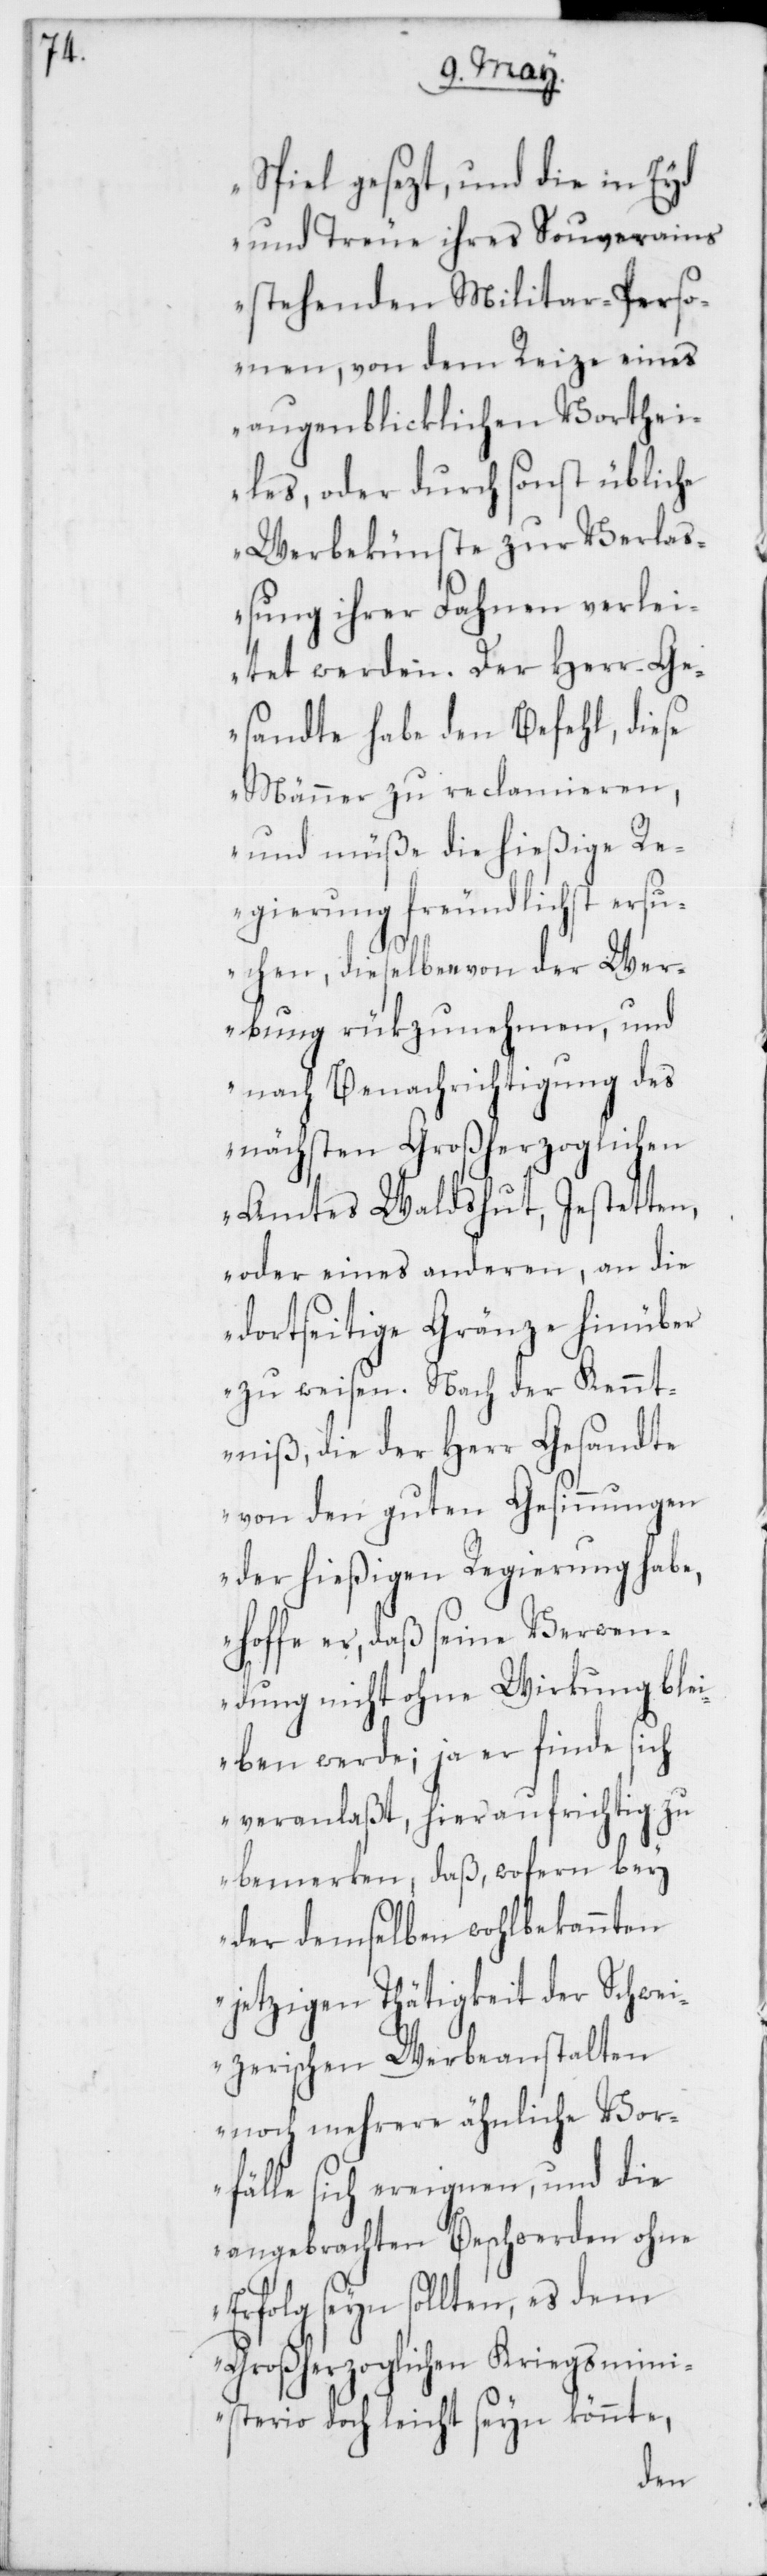
Spiel gesezt, und die in Eyd
und Treue ihres Souverains
stehenden Militar-Perso¬
nen, von dem Reize eines
augenblicklichen Vorthei¬
les, oder durch sonst übliche
Werbekünste zur Verlaß¬
ung ihrer Fahnen verlei¬
tet werden. Der Herr Ge¬
sandte habe den Befehl, diese
Männer zu reclamieren,
und müße die hießige Re¬
gierung freundlichst ersu¬
chen, dieselben von der Wer¬
bung rükzunehmen, und
nach Benachrichtigung des
nächsten Großherzoglichen
Amtes Waldshut, Jestetten,
oder eines anderen, an die
dortseitige Gränze hinüber
zu weisen. Nach der Kennt¬
niß, die der Herr Gesandte
von den guten Gesinnungen
der hießigen Regierung habe,
hoffe er, daß seine Verwen¬
dung nicht ohne Wirkung blei¬
ben werde; ja er finde sich
veranlaßt, hier aufrichtig zu
bemerken, daß, wofern bey
der demselben wohlbekannten
jetzigen Thätigkeit der Schwei¬
zerischen Werbeanstalten
noch mehrere ähnliche Vor¬
fälle sich ereignen, und die
angebrachten Beschwerden ohne
Erfolg seyn sollten, es dem
Großherzoglichen Kriegsmin¬
isterio doch leicht seyn könnte,